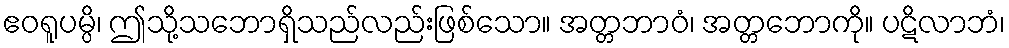
ဧဝရူပမ္ပိ၊ ဤသို့သဘောရှိသည်လည်းဖြစ်သော။ အတ္တဘာဝံ၊ အတ္တဘောကို။ ပဋိလာဘံ၊